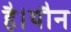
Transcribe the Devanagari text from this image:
है।यौन